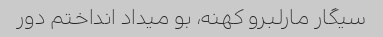
سیگار مارلبرو کهنه، بو میداد انداختم دور